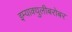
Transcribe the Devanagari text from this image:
इम्‍याक्‍युलीबरोबर